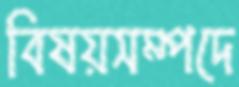
বিষয়সম্পদে